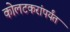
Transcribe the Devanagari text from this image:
कोलटकरांपर्यंत